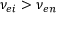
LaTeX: \nu _ { e i } > \nu _ { e n }